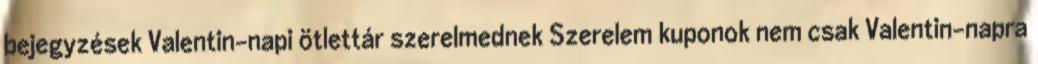
bejegyzések Valentin-napi ötlettár szerelmednek Szerelem kuponok nem csak Valentin-napra